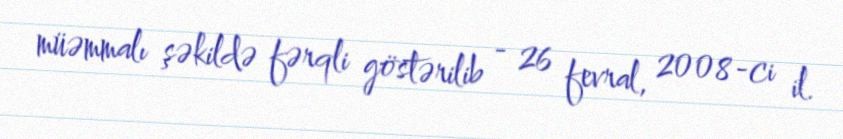
müəmmalı şəkildə fərqli göstərilib - 26 fevral, 2008-ci il.